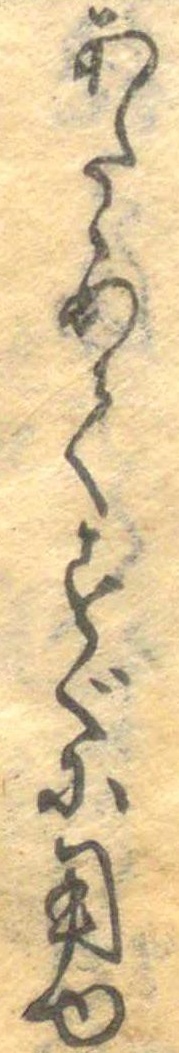
あたゝめてすぐに用ゆ